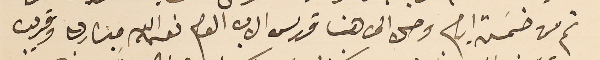
ثم من خمسَة ايام وصل الى هنا قدس الاب العام نعمه الله مبارك وقريب